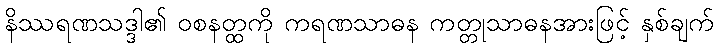
နိဿရဏသဒ္ဒါ၏ ဝစနတ္ထကို ကရဏသာဓန ကတ္တုသာဓနအားဖြင့် နှစ်ချက်